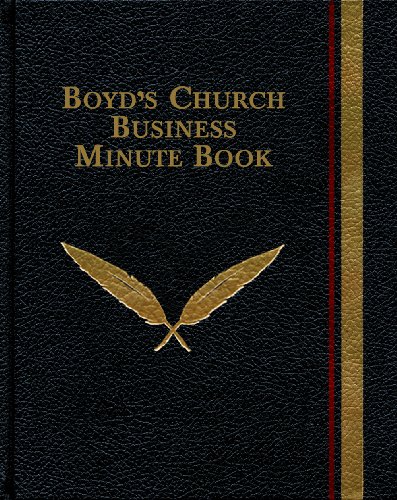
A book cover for Boyd's Church Business Minute Book; Christian Books & Bibles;